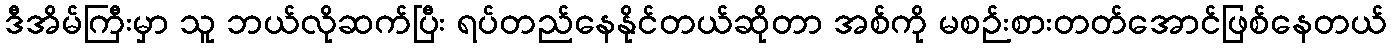
ဒီအိမ်ကြီးမှာ သူ ဘယ်လိုဆက်ပြီး ရပ်တည်နေနိုင်တယ်ဆိုတာ အစ်ကို မစဉ်းစားတတ်အောင်ဖြစ်နေတယ်